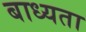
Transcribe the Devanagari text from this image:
बाध्‍यता